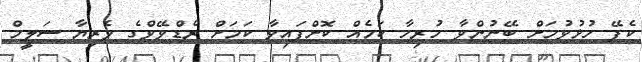
ކެފޭ ހުޅުވުމަށް ބޭނުންވާ ހުރިހާ ކަމެއް ކޮށްފައިވާ ކަމަށް ރެޑްވޭވްގެ ވެރިޔާ ސަލީމް